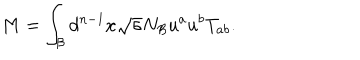
M = \int _ { \cal B } d ^ { n - 1 } x \sqrt { \sigma } N _ { \cal B } u ^ { a } u ^ { b } T _ { a b } .